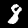
Label: 8